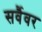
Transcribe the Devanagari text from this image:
सर्वैवर